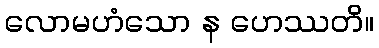
လောမဟံသော န ဟေဿတိ။